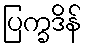
ပြက္ခဒိန်